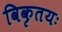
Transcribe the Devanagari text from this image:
विकृतयः